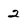
Character: 2